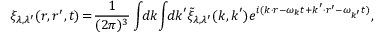
\xi _ { \lambda , \lambda ^ { \prime } } ( \boldsymbol { r } , \boldsymbol { r } ^ { \prime } , t ) \! = \! \frac { 1 } { ( 2 \pi ) ^ { 3 } } \int \! \! d \boldsymbol { k } \! \int \! \! d \boldsymbol { k } ^ { \prime } \tilde { \xi } _ { \lambda , \lambda ^ { \prime } } ( \boldsymbol { k } , \boldsymbol { k } ^ { \prime } ) e ^ { i ( \boldsymbol { k } \cdot \boldsymbol { r } - \omega _ { \boldsymbol { k } } t + \boldsymbol { k } ^ { \prime } \cdot \boldsymbol { r } ^ { \prime } - \omega _ { \boldsymbol { k } ^ { \prime } } t ) } ,